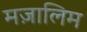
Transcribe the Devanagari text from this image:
मज़ालिम